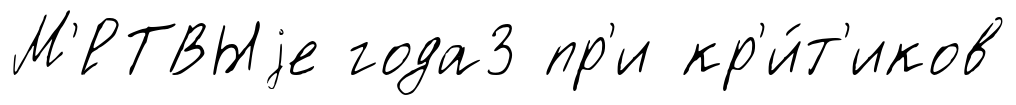
М'́РТВЫjе года3 пр'и кр'и́т'иков